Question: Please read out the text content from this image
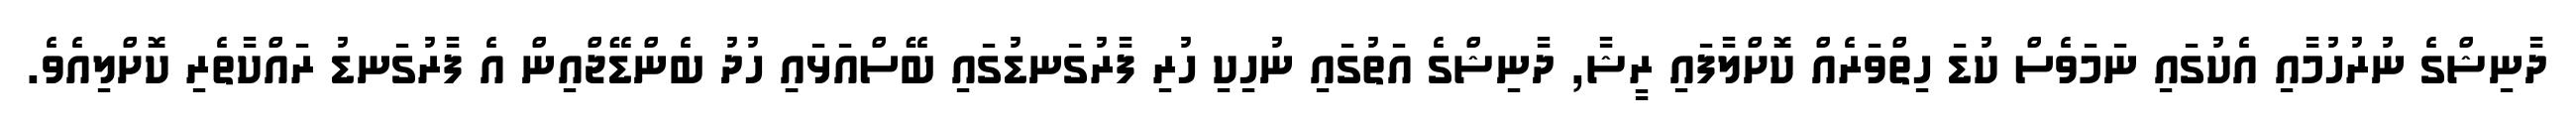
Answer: ދާނިޝްގެ ނުރުހުމާއި އެކުގައި ނަމަވެސް ކުޑަ ހިތްވަރެއް ކޮށްލާފައި ރީޝާ, ދާނިޝްގެ އަތުގައި ނުހިކި ހުރި ފާރުގަނޑުގައި ބޭސްއަޅައިި ހުދު ބެންޑޭޖްއިން އެ ފާރުގަނޑު ރައްކާތެރި ކޮށްލިއެވެ.